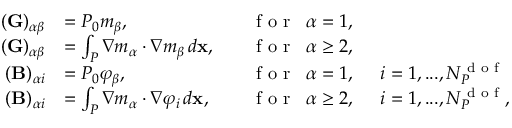
\begin{array} { r l r l } { ( \mathbf { G } ) _ { \alpha \beta } } & { = P _ { 0 } m _ { \beta } , \quad } & { \textrm { f o r } \enskip \alpha = 1 , } & { } \\ { ( \mathbf { G } ) _ { \alpha \beta } } & { = \int _ { { P } } \nabla m _ { \alpha } \cdot \nabla m _ { \beta } \, d \mathbf { x } , \quad } & { \textrm { f o r } \enskip \alpha \geq 2 , } & { } \\ { ( \mathbf { B } ) _ { \alpha i } } & { = P _ { 0 } \varphi _ { \beta } , \quad } & { \textrm { f o r } \enskip \alpha = 1 , } & { \enskip i = 1 , . . . , N _ { { P } } ^ { \textrm { d o f } } } \\ { ( \mathbf { B } ) _ { \alpha i } } & { = \int _ { { P } } \nabla m _ { \alpha } \cdot \nabla \varphi _ { i } \, d \mathbf { x } , \quad } & { \textrm { f o r } \enskip \alpha \geq 2 , } & { \enskip i = 1 , . . . , N _ { { P } } ^ { \textrm { d o f } } , } \end{array}